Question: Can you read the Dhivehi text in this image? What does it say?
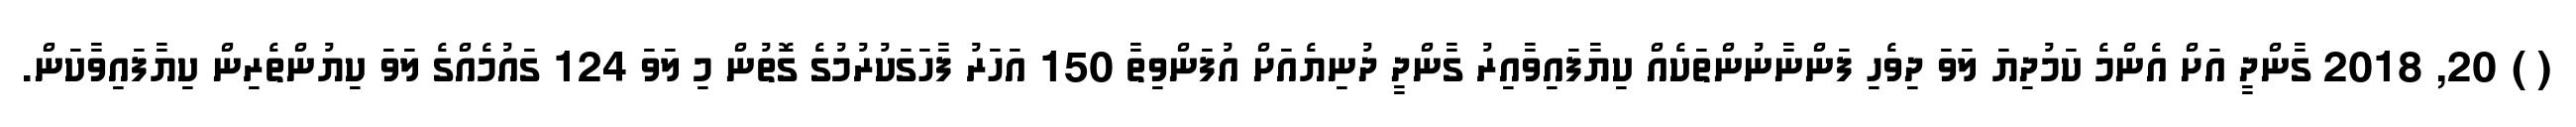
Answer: ( ) 20, 2018 ގާންދީ އަށް އެންމެ ކަމުދިޔަ ލަވަ ދިވެހި ފަންނާނުންތަކެއް ކިޔާފައިވާއިރު ގާންދީ ދުނިޔެއަށް އުފަންވިތާ 150 އަހަރު ފާހަގަކުރުމުގެ ގޮތުން މި ލަވަ 124 ގައުމެއްގެ ލަވަ ކިޔުންތެރިން ކިޔާފައިވާކަން.